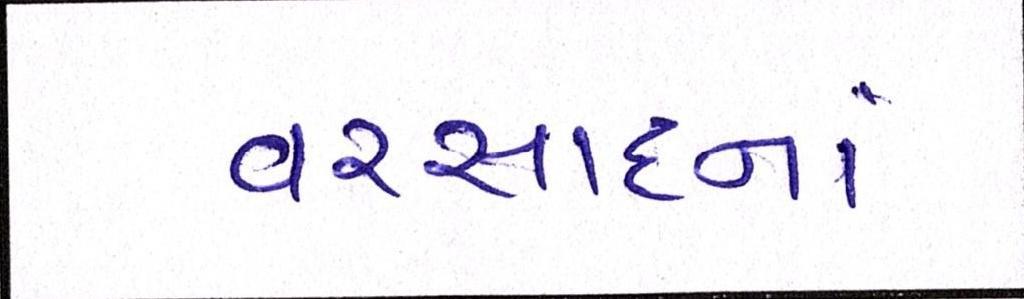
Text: વરસાદનાં